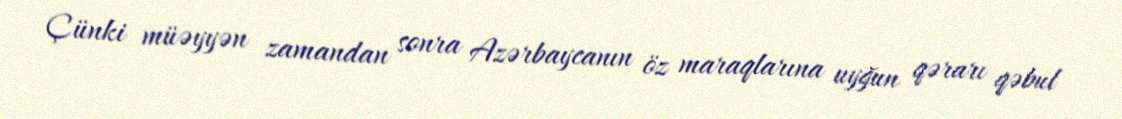
Çünki müəyyən zamandan sonra Azərbaycanın öz maraqlarına uyğun qərarı qəbul